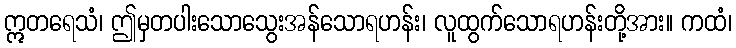
ဣတရေသံ၊ ဤမှတပါးသောသွေးအန်သောရဟန်း၊ လူထွက်သောရဟန်းတို့အား။ ကထံ၊